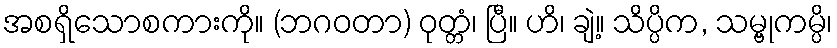
အစရှိသောစကားကို။ (ဘဂဝတာ) ဝုတ္တံ၊ ပြီ။ ဟိ၊ ချဲ့။ သိပ္ပိက, သမ္ဗုကမ္ပိ၊